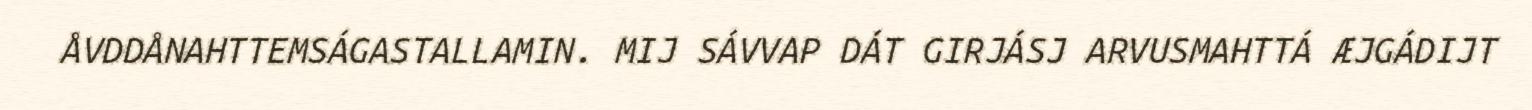
ÅVDDÅNAHTTEMSÁGASTALLAMIN. MIJ SÁVVAP DÁT GIRJÁSJ ARVUSMAHTTÁ ÆJGÁDIJT